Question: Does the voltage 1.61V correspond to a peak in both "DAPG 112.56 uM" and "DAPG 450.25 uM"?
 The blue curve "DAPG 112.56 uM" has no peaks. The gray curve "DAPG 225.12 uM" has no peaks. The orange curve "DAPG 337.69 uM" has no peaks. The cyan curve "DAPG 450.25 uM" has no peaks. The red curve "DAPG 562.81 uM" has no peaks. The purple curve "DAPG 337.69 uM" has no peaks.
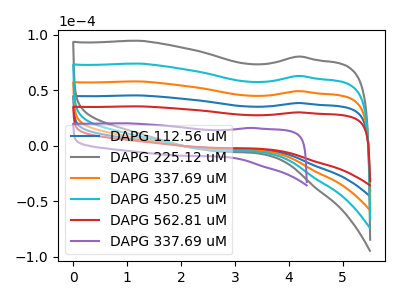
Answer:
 <answer>No, "DAPG 112.56 uM" and "DAPG 450.25 uM" dont share a peak at 1.61V.</answer>
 <eval>mismatch</eval>